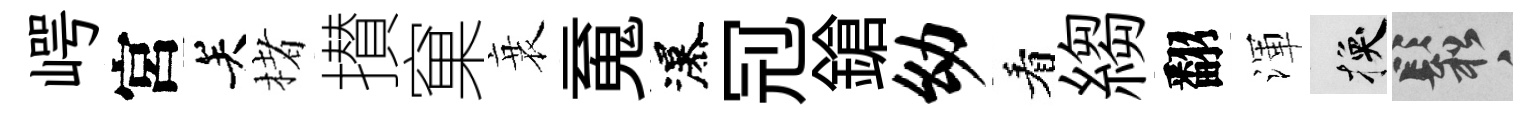
崿宮关楮攅窠衰䰟瀑𠜍鎗幼看縐翻渾换鬆